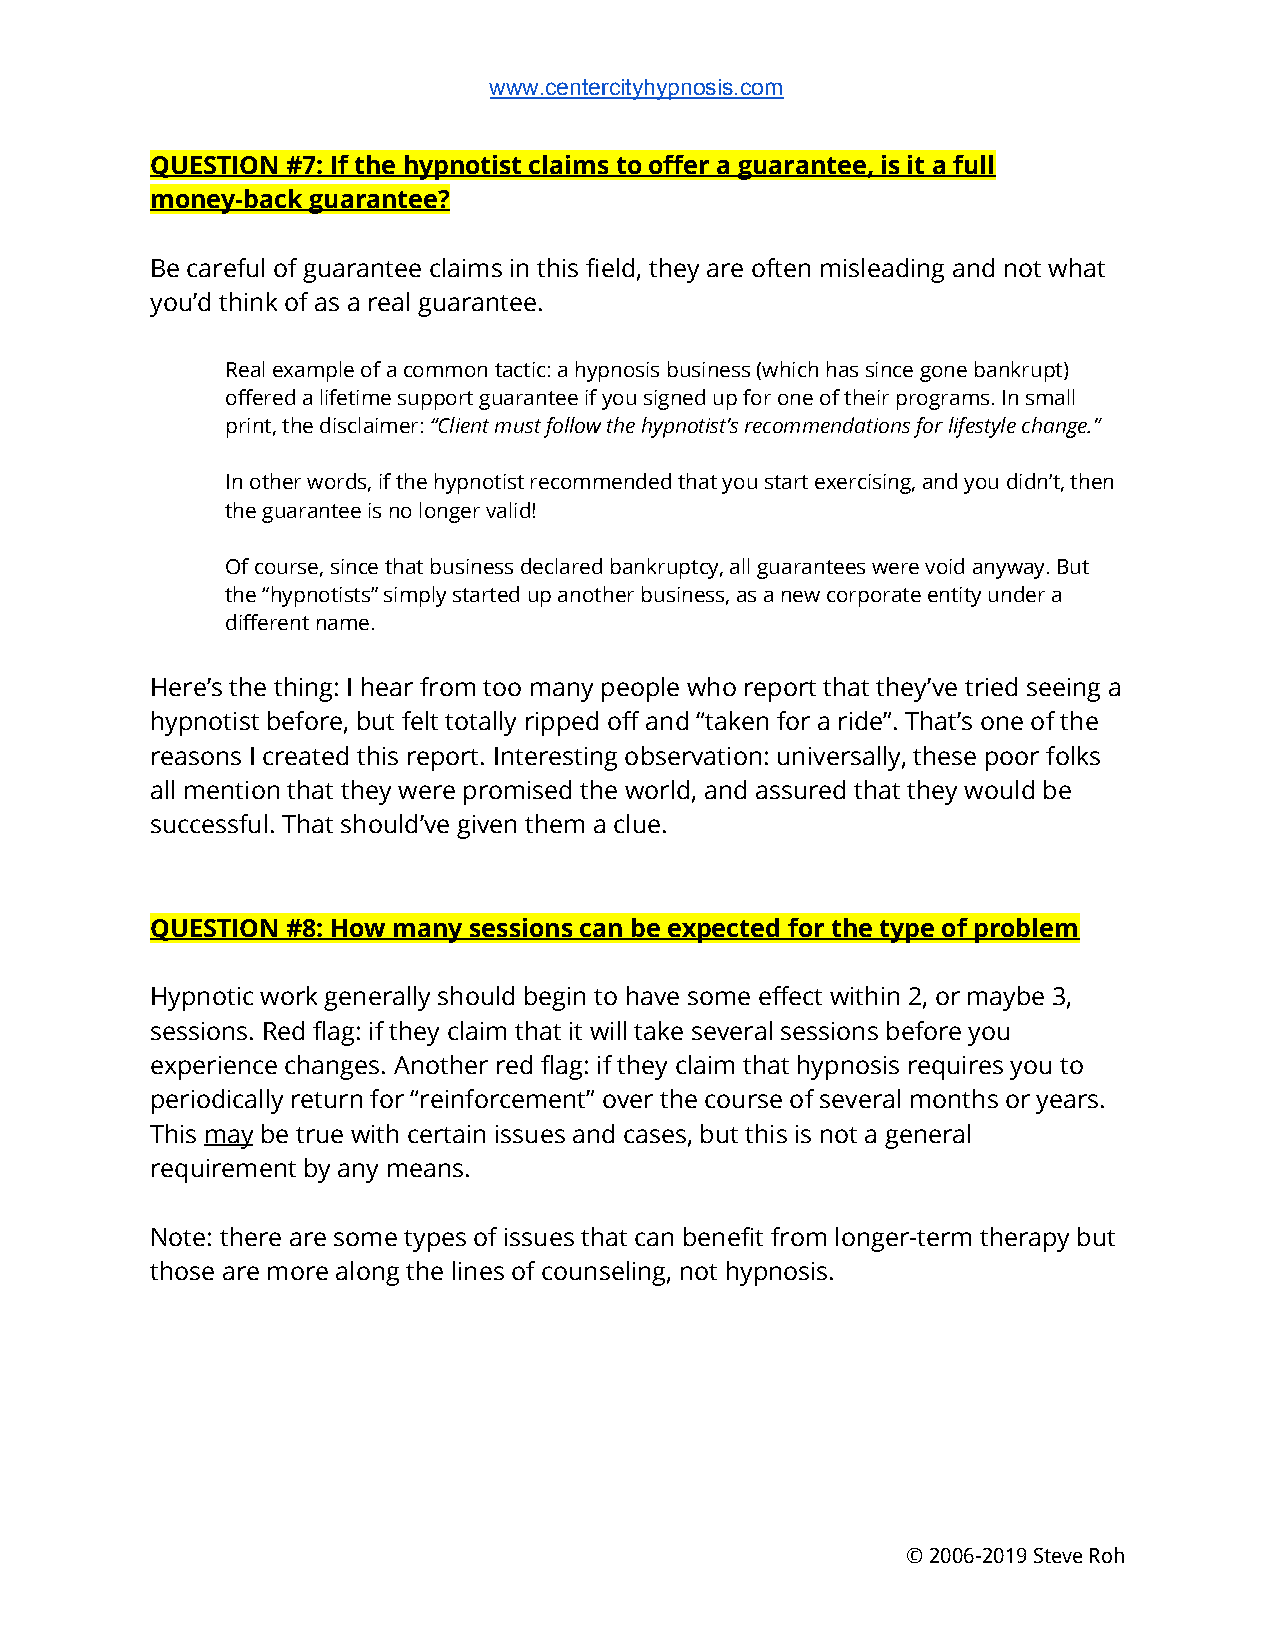
www.centercityhypnosis.com
 QUESTION #7: If the hypnotist claims to offer a guarantee, is it a full
 money-back guarantee?
 Be careful of guarantee claims in this field, they are often misleading and not what
 you’d think of as a real guarantee.
 Real example of a common tactic: a hypnosis business (which has since gone bankrupt)
 offered a lifetime support guarantee if you signed up for one of their programs. In small
 print, the disclaimer: ​“Client must follow the hypnotist’s recommendations for lifestyle change.”
 In other words, if the hypnotist recommended that you start exercising, and you didn’t, then
 the guarantee is no longer valid!
 Of course, since that business declared bankruptcy, all guarantees were void anyway. But
 the “hypnotists” simply started up another business, as a new corporate entity under a
 different name.
 Here’s the thing: I hear from too many people who report that they’ve tried seeing a
 hypnotist before, but felt totally ripped off and “taken for a ride”. That’s one of the
 reasons I created this report. Interesting observation: universally, these poor folks
 all mention that they were promised the world, and assured that they would be
 successful. That should’ve given them a clue.
 QUESTION #8: How many sessions can be expected for the type of problem
 Hypnotic work generally should begin to have some effect within 2, or maybe 3,
 sessions. Red flag: if they claim that it will take several sessions before you
 experience changes. Another red flag: if they claim that hypnosis requires you to
 periodically return for “reinforcement” over the course of several months or years.
 This ​may​ be true with certain issues and cases, but this is not a general
 requirement by any means.
 Note: there are some types of issues that can benefit from longer-term therapy but
 those are more along the lines of counseling, not hypnosis.
 © 2006-2019 Steve Roh